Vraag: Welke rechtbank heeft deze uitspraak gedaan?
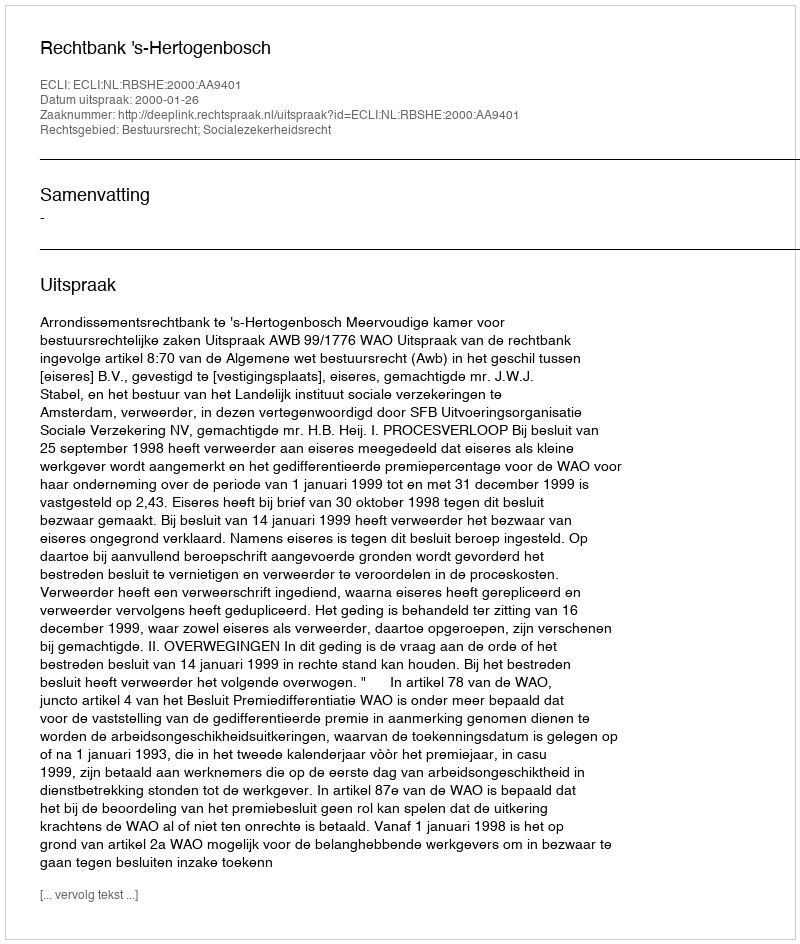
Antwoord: Rechtbank 's-Hertogenbosch